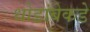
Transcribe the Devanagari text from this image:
धोडांबेकडे